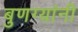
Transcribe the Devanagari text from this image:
बुणग्यांनी